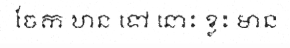
ចែក ឋាន ទៅ នោះ ខ្លះ មាន